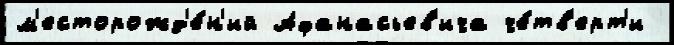
м'есторожд'е́н'ий Афанасьев'ича че́тв'ерт'и